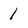
Character: 1